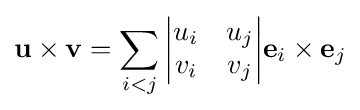
\mathbf {u} \times \mathbf {v} =\sum _{i<j}{{\begin{vmatrix}u_{i}&u_{j}\\v_{i}&v_{j}\end{vmatrix}}{\mathbf {e} }_{i}\times {\mathbf {e} }_{j}}